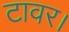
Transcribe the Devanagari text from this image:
टावर।